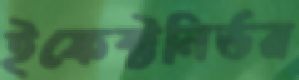
ইফেক্টনির্ভর